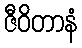
ဇီဝိတာနံ